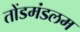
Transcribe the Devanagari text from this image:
तोंडमंडलम